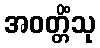
အဝတ္တိံသု